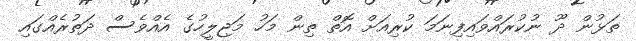
ތަޅުން ދޫ ނުކުރައްވައިފިނަމަ ކުރިއަށް އޮތް ތިން މަހު މަޖިލީހުގެ އެއްވެސް ދަތުރެއްގައި